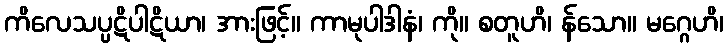
ကိလေသပ္ပဋိပါဋိယာ၊ အားဖြင့်။ ကာမုပါဒါနံ၊ ကို။ စတူဟိ၊ န်သော။ မဂ္ဂေဟိ၊